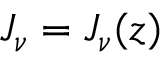
J _ { \nu } = J _ { \nu } ( z )